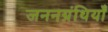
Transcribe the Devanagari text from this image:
जननग्रंथियाँ